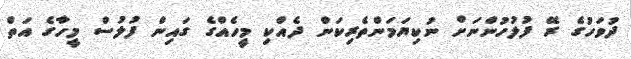
ދުވަހުގެ ރޭ ފުލުހުންނަށް ނުކިޔަމަންތެރިކަން ދެއްކި މީހެއްގެ ގައިން ފުލުސް މީހާގެ އަތް